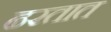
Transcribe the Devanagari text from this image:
ढरतात